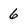
Character: 6